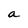
Character: a